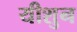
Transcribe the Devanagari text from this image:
यीशुन